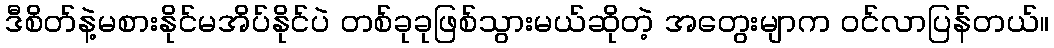
ဒီစိတ်နဲ့မစားနိုင်မအိပ်နိုင်ပဲ တစ်ခုခုဖြစ်သွားမယ်ဆိုတဲ့ အတွေးမျာက ဝင်လာပြန်တယ်။